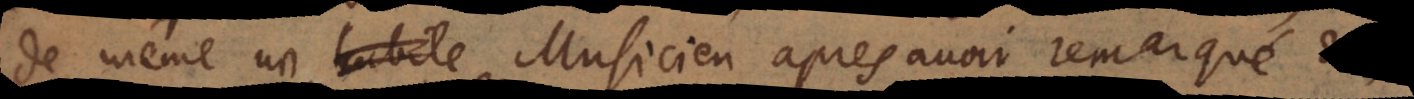
de même un habile Musicien après avoir remarqué